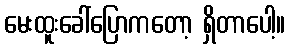
မေးထူးခေါ်ပြောကတော့ ရှိတာပေါ့။